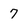
Character: 7